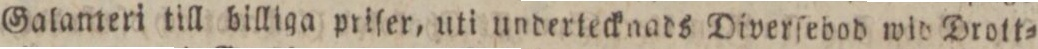
Galameri till billiga priler, uti underteckaads Diverſebod wid Drott=